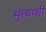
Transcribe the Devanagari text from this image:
सुत्त्यांशी